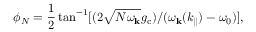
\phi _ { N } = \frac { 1 } { 2 } \tan ^ { - 1 } [ ( 2 \sqrt { N \omega _ { \bf k } } g _ { \mathrm { c } } ) / ( \omega _ { \bf k } ( k _ { \parallel } ) - \omega _ { 0 } ) ] ,